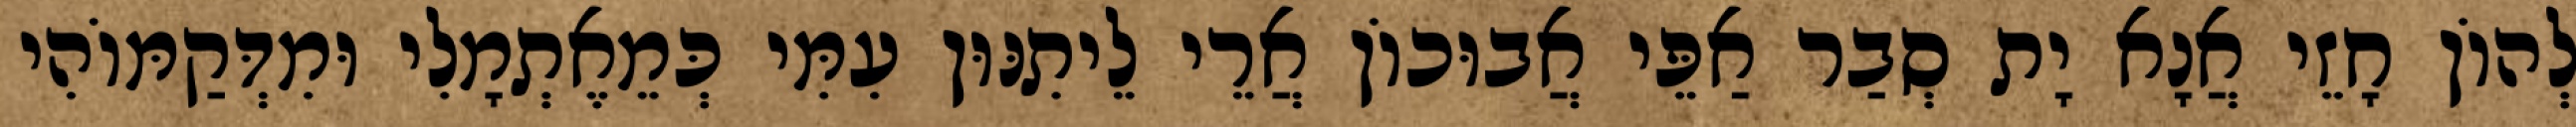
לְהוֹן חָזֵי אֲנָא יָת סְבַר אַפֵּי אֲבוּכוֹן אֲרֵי לֵיתִנּוּן עִמִּי כְּמֵאֶתְמָלִי וּמִדְּקַמּוֹהִי